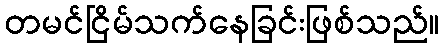
တမင်ငြိမ်သက်နေခြင်းဖြစ်သည်။